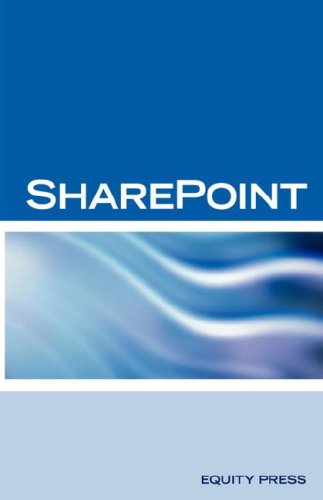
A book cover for Microsoft Sharepoint Interview Questions: Share Point Certification Review; Tery Sanchez-Clark; Computers & Technology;